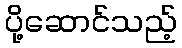
ပို့ဆောင်သည့်